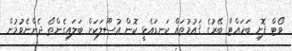
ވޯޓް ފޮށި ބަހައްޓާ ބޭރުގެ ޤައުމުތައް ކަނޑައެޅީ ކޮން އުސޫލަކަށް ބަލައިގެންތޯ ދެންނެވުމުން